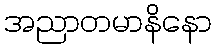
အညာတမာနိနော